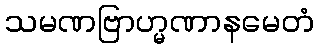
သမဏဗြာဟ္မဏာနမေတံ